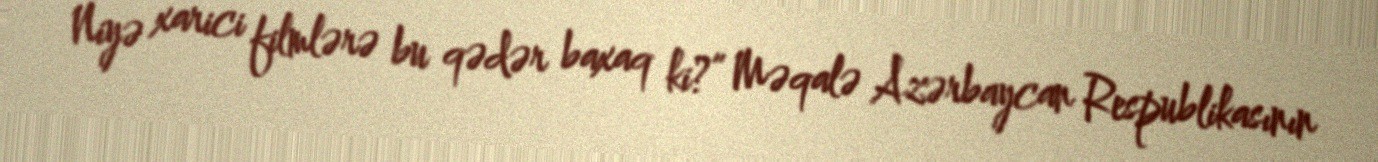
Niyə xarici filmlərə bu qədər baxaq ki?” Məqalə Azərbaycan Respublikasının